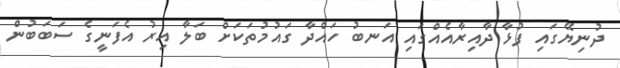
ދުނިޔޭގައި ފުޅާ ދާއިރާއެއްގައި އަނބު ހައްދާ ގައުމުތަކަށް ބަލާ އިރު އެފަނީގެ ސަބަބުން